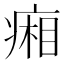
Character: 𤷼